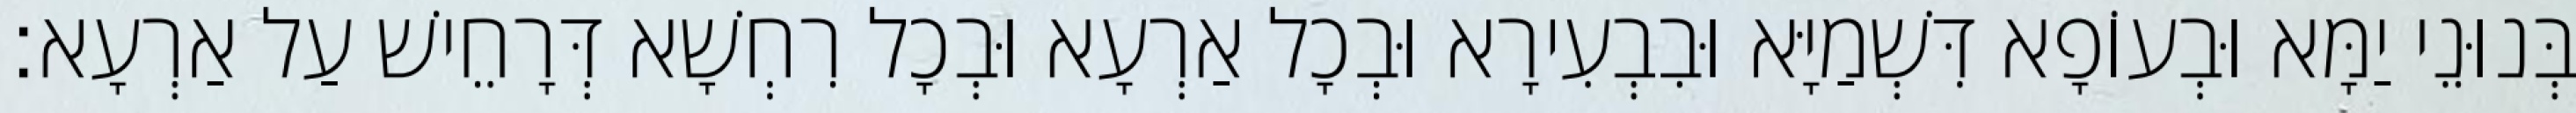
בְּנוּנֵי יַמָּא וּבְעוֹפָא דִּשְׁמַיָּא וּבִבְעִירָא וּבְכָל אַרְעָא וּבְכָל רִחְשָׁא דְּרָחֵישׁ עַל אַרְעָא׃